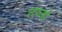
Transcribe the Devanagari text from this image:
लफड़ों